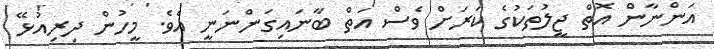
އަންނާން އޮތް ޖީލުތަކުގެ ކަރަށް ވެސް އަތް ބާނައިގަންނަނީ އެވެ. މީހުން ދިރިއުޅޭ